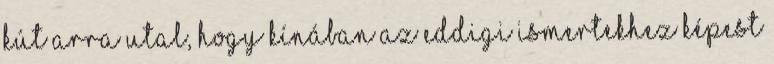
kút arra utal, hogy Kínában az eddigi ismertekhez képest